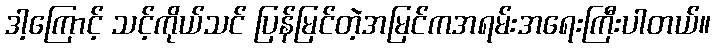
ဒါ့ကြောင့် သင့်ကိုယ်သင် ပြန်မြင်တဲ့အမြင်ကအရမ်းအရေးကြီးပါတယ်။